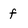
Character: f